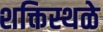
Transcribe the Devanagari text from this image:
शक्तिस्थळे